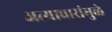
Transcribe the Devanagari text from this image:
अत्याचारांमुळे